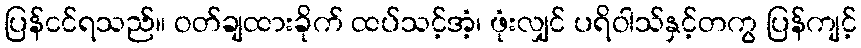
ပြန်ငင်ရသည်။ ဝတ်ချထားခိုက် ထပ်သင့်အံ့၊ ဖုံးလျှင် ပရိဝါသ်နှင့်တကွ ပြန်ကျင့်